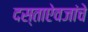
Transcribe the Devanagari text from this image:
दस्ताऐवजांचे